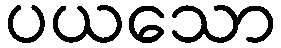
ပယသော